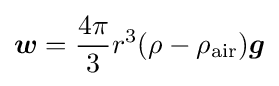
{\boldsymbol {w}}={\frac {4\pi }{3}}r^{3}(\rho -\rho _{\textrm {air}}){\boldsymbol {g}}